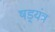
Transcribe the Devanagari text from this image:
षड़्यंत्र